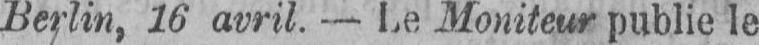
Berlin, 16 avril. - Le Moniteur publie le